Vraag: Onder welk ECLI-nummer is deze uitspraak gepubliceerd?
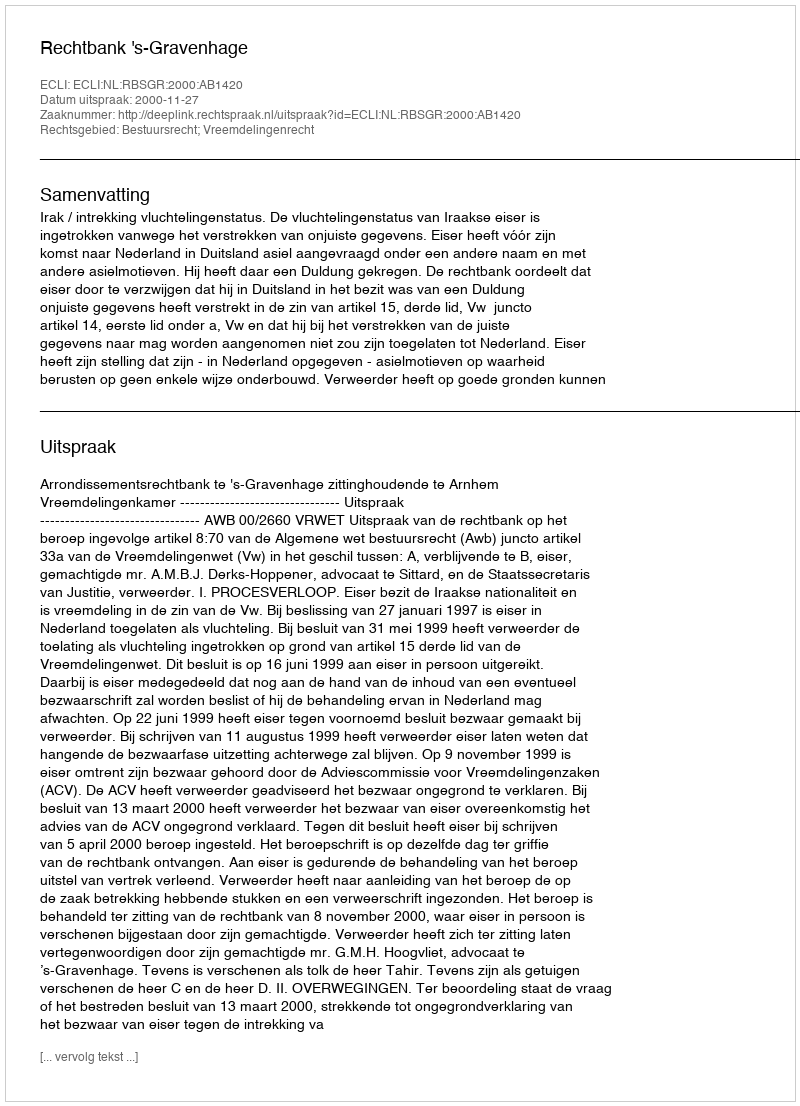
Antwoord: ECLI:NL:RBSGR:2000:AB1420